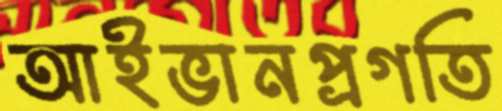
আইভানপ্রগতি